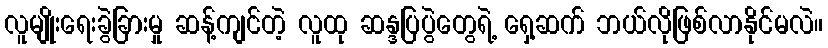
လူမျိုးရေးခွဲခြားမှု ဆန့်ကျင်တဲ့ လူထု ဆန္ဒပြပွဲတွေရဲ့ ရှေ့ဆက် ဘယ်လိုဖြစ်လာနိုင်မလဲ။